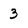
Character: 3